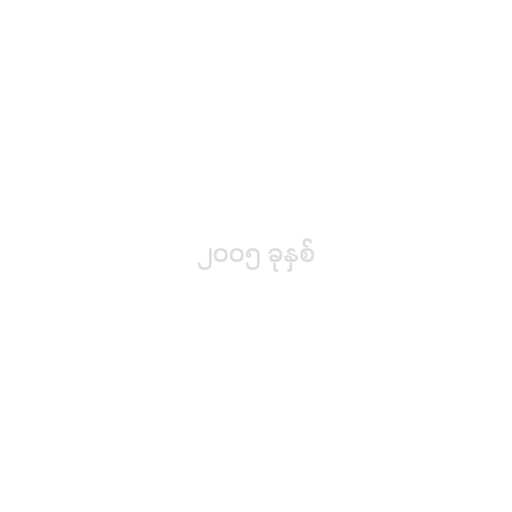
၂၀၀၅ ခုနှစ်